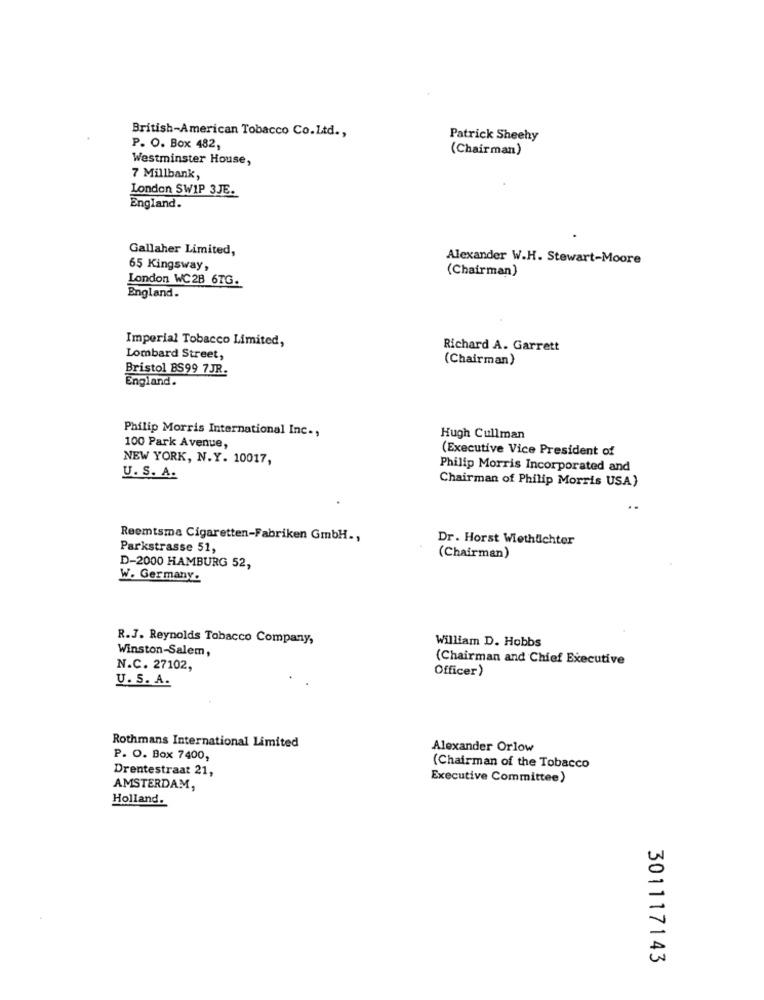
British-American Tobacco Co.Ltd .,
Patrick Sheehy
P. O. Box 482,
(Chairman)
Westminster House,
7 Millbank,
London SWIP 3JE.
England.
Gallaher Limited,
Alexander W.H. Stewart-Moore
65 Kingsway,
(Chairman)
London WC 2B 6TG.
England.
Imperial Tobacco Limited,
Richard A. Garrett
Lombard Street,
(Chairman)
Bristol BS99 7JR.
England.
Philip Morris International Inc .,
Hugh Cullman
100 Park Avenue,
(Executive Vice President of
NEW YORK, N.Y. 10017,
Philip Morris Incorporated and
U. S. A.
Chairman of Philip Morris USA)
Reemtsma Cigaretten-Fabriken GmbH .,
Dr. Horst Wiethdichter
Parkstrasse 51,
(Chairman)
D-2000 HAMBURG 52,
W. Germany.
R.J. Reynolds Tobacco Company,
William D. Hobbs
Winston-Salem,
(Chairman and Chief Executive
N.C. 27102,
Officer)
U. S. A.
Rothmans International Limited
Alexander Orlow
P. O. Box 7400,
Drentestraat 21,
(Chairman of the Tobacco
Executive Committee)
AMSTERDAM,
Holland.
301117143